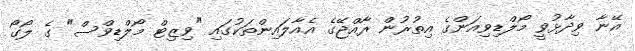
އޭނާ ވިދާޅުވީ މޯލްޑިވިއަންގެ އިތުރުން ރާއްޖޭގެ އެއާލައިންތަކުގައި "ވިޒިޓް މޯލްޑިވްސް" ގެ ލޯގޯ